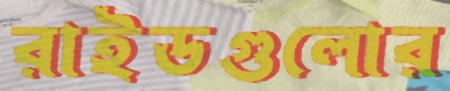
রাইডগুলোর